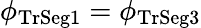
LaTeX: \phi_{\mathrm{TrSeg1}}=\phi_{\mathrm{TrSeg3}}